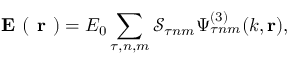
\textbf { E } ( \textbf { r } ) = E _ { 0 } \sum _ { \tau , n , m } \mathcal { S } _ { \tau n m } \Psi _ { \tau n m } ^ { ( 3 ) } ( k , \mathbf { r } ) ,